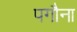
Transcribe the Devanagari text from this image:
पगौना